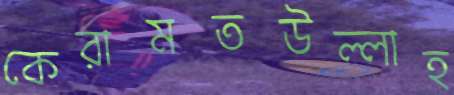
কেরামতউল্লাহ